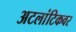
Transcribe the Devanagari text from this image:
अटलांटिकवर